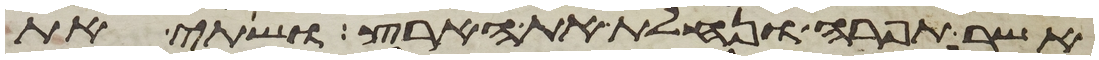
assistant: אשר תפרה ונחלת את הארץ ושתי את